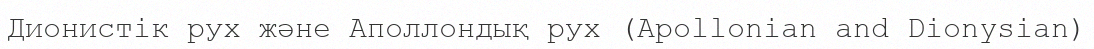
Дионистік рух және Аполлондық рух (Apollonian and Dionysian)